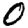
Digit: 0